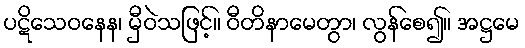
ပဋိသေဝနေန၊ မှီဝဲသဖြင့်။ ဝီတိနာမေတွာ၊ လွန်စေ၍။ အဋ္ဌမေ